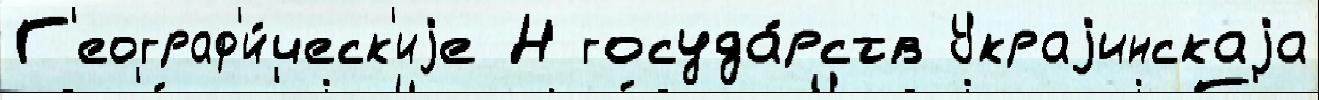
Г'еограф'и́ческ'иjе Н госуда́рств Украjинскаjа